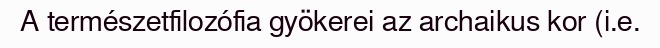
A természetfilozófia gyökerei az archaikus kor (i.e.